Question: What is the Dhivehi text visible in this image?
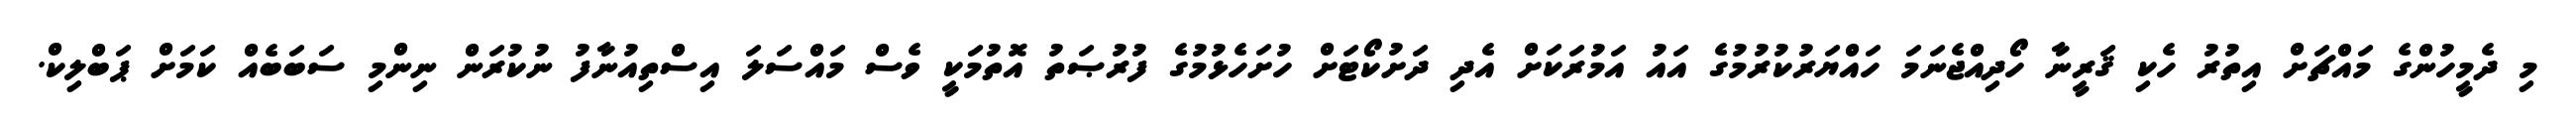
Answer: މި ދެމީހުންގެ މައްޗަށް އިތުރު ހެކި ޤަރީނާ ހޯދިއްޖެނަމަ ހައްޔަރުކުރުމުގެ އައު އަމުރަކަށް އެދި ދަށުކޯޓަށް ހުށަހެޅުމުގެ ފުރުޞަތު އޮތުމަކީ ވެސް މައްސަލަ އިސްތިއުނާފު ނުކުރަން ނިންމި ސަބަބެއް ކަމަށް ޕަބްލިކް.